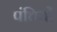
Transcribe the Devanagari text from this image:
पंत्तियों